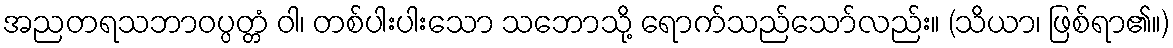
အညတရသဘာဝပ္ပတ္တံ ဝါ၊ တစ်ပါးပါးသော သဘောသို့ ရောက်သည်သော်လည်း။ (သိယာ၊ ဖြစ်ရာ၏။)